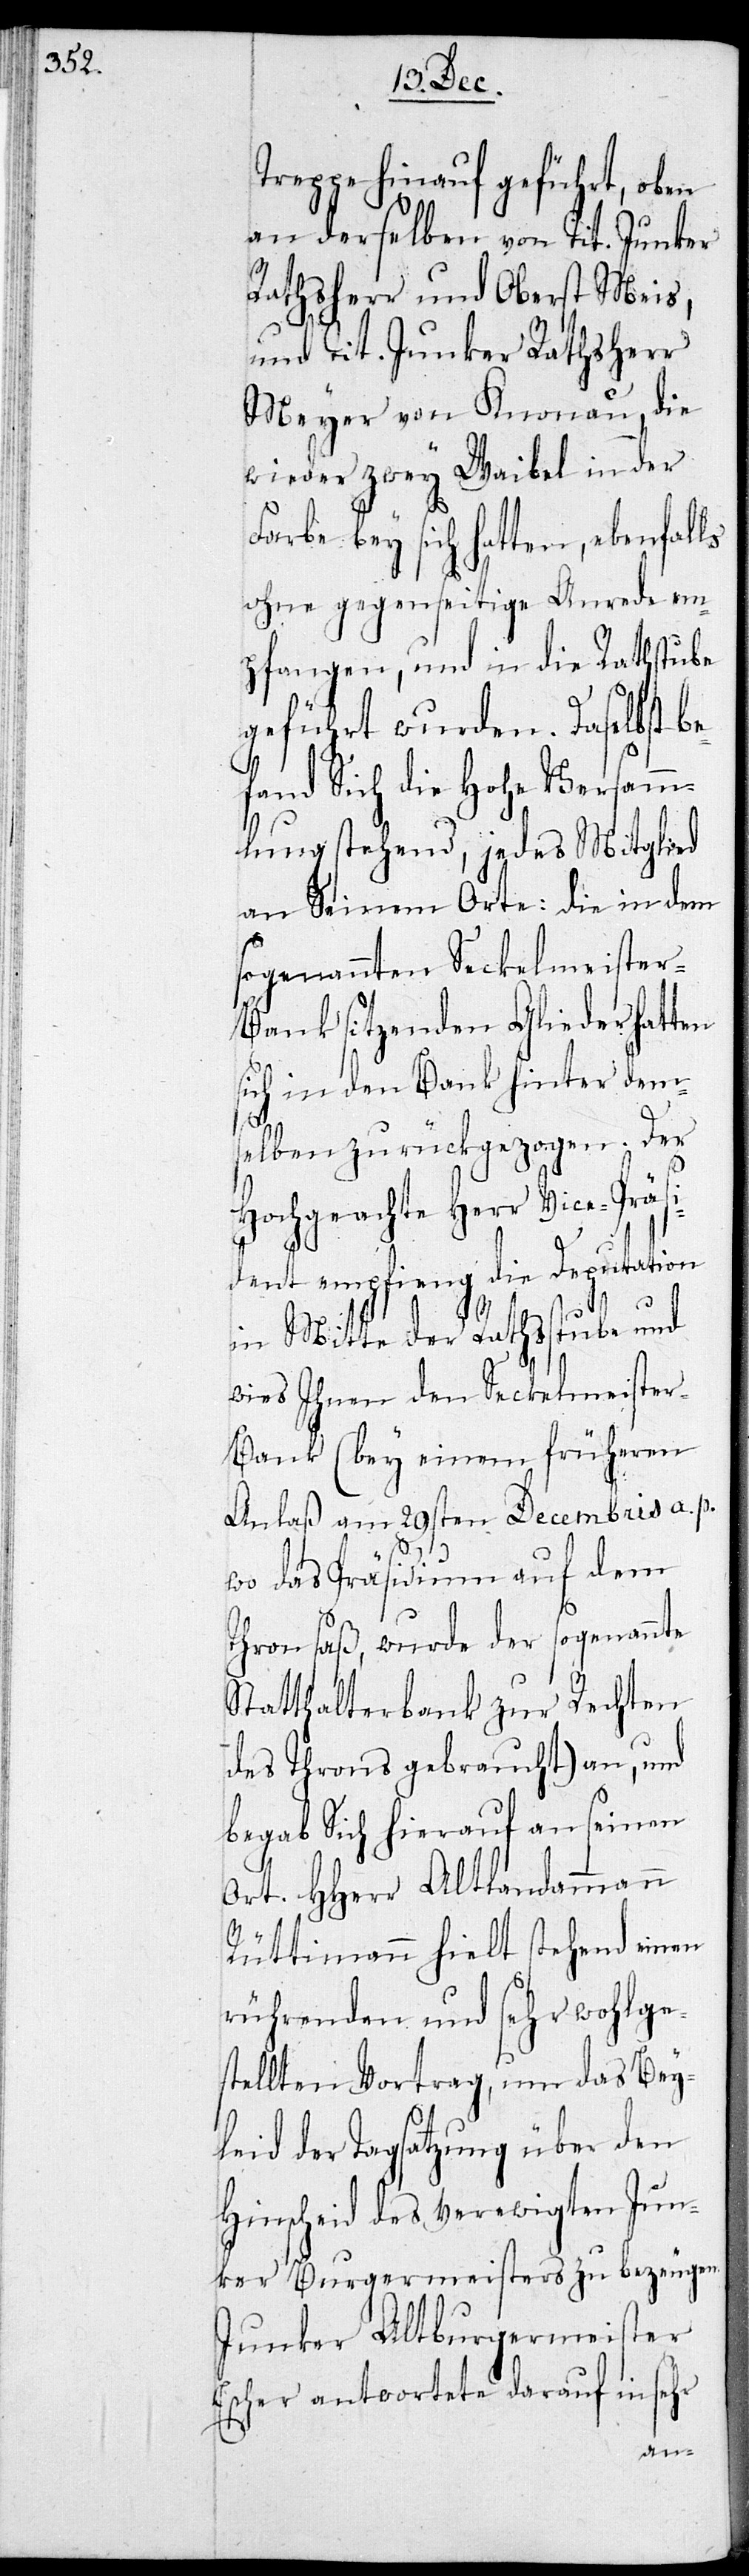
Treppe hinauf geführt, oben
an derselben von Tit. Junker
Rathsherr und Oberst Meis,
und Tit. Junker Ratsherr
Meyer von Knonau, die
wieder zwey Waibel in der
Farbe bey sich hatten, ebenfalls
ohne gegenseitige Anrede em¬
pfangen, und in die Rathsstube
geführt wurden. Daselbst b¬
fand sich die Hohe Versamm¬
lung stehend, jedes Mitglied
an Seinem Orte: die in dem
sogenannten Seckelmeiste¬
r-Bank sitzenden Glieder hatten
sich in den Bank hinter dem¬
selben zurückgezogen. Der
Hochgeachte Herr Vice-Präsi¬
dent empfieng die Deputation
in Mitte der Rathsstube und
wies Ihnen den Seckelmeiste¬
r-Bank (bey einem früheren
Anlaß am 29sten Decembris a. p.
wo das Präsidium auf dem
Thron saß, wurde der sogenannte
Statthalterbank zur Rechten
des Throns gebraucht) an, und
begab Sich hierauf an seinen
Ort. HHerr Altlandammann
Rüttimann hielt stehend einen
rührenden und sehr wohlge¬
stellten Vortrag, um das Bey¬
leid der Tagsatzung über den
Hinscheid des verewigten Jun¬
ker Burgermeisters zu bezeugen.
Junker Altburgermeister
her antwortete darauf in sehr
Esc¬